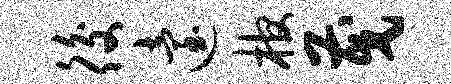
後迨棺茂